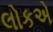
લોકએ